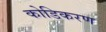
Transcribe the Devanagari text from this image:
कोडिकरण